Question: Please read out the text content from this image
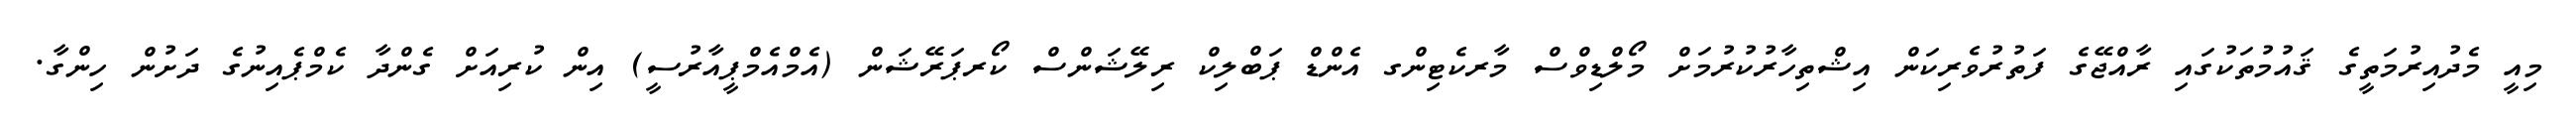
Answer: މިއީ މެދުއިރުމަތީގެ ޤައުމުތަކުގައި ރާއްޖޭގެ ފަތުރުވެރިކަން އިޝްތިހާރުކުރުމަށް މޯލްޑިވްސް މާރކެޓިންގ އެންޑް ޕަބްލިކް ރިލޭޝަންސް ކޯރޕަރޭޝަން (އެމްއެމްޕީއާރުސީ) އިން ކުރިއަށް ގެންދާ ކެމްޕެއިނުގެ ދަށުން ހިންގާ.